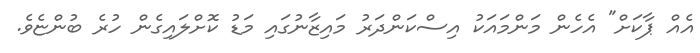
އެއް ޕާކަށް" އެހެން މަންމައަކު އިސްކަންދަރު މައިޒާނުގައި މަޑު ކޮށްލައިގެން ހުރެ ބުންޏެވެ.